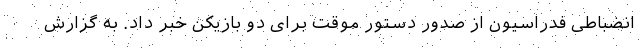
انضباطی فدراسیون از صدور دستور موقت برای دو بازیکن خبر داد. به گزارش